Annual report of the Camel Specialist
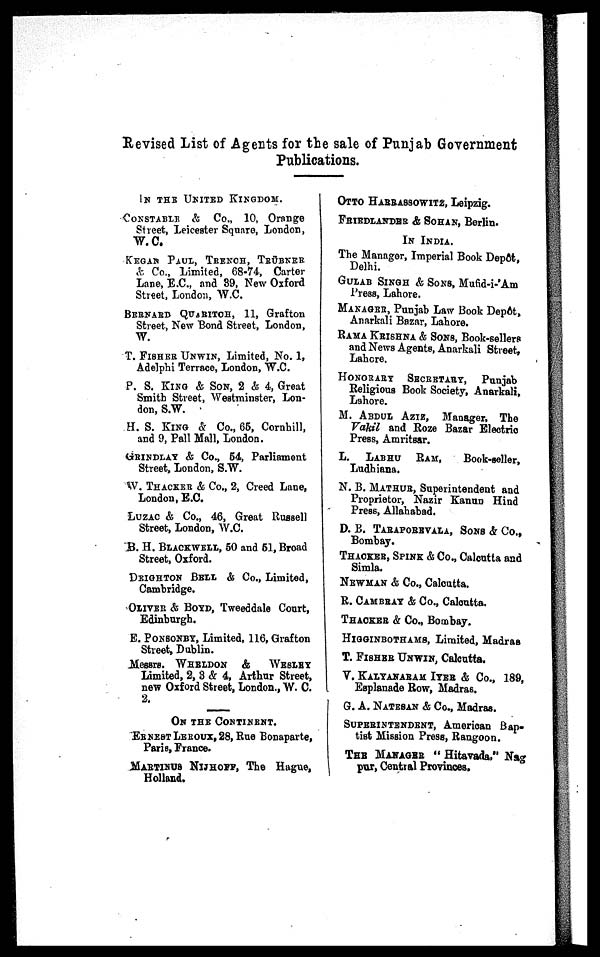
Revised List of Agents for the sale of Punjab Government
Publications.
IN THE UNITED KINGDOM.
CONSTABLE & Co., 10, Orange
Street, Leicester Square, London,
W.C.
KEGAN PAUL, TRENCH, TRÜBNER
& Co., Limited, 68-74, Carter
Lane, E.C., and 39, New Oxford
Street, London, W.C.
BERNARD QUARITCH, 11, Grafton
Street, New Bond Street, London,
W.
T. FISHER UNWIN, Limited, No. 1,
Adelphi Terrace, London, W.C.
P. S. KING & SON, 2 & 4, Great
Smith Street, Westminster, Lon-
don, S.W.
H. S. KING & Co., 65, Cornhill,
and 9, Pall Mall, London.
GRINDLAY & Co., 54, Parliament
Street, London, S.W.
W. THACKER & Co., 2, Creed Lane,
London, E.C.
LUZAC & Co., 46, Great Russell
Street, London, W.C.
B. H. BLACKWELL, 50 and 51, Broad
Street, Oxford.
DEIGHTON BELL & Co., Limited,
Cambridge.
OLIVER & BOYD, Tweeddale Court,
Edinburgh.
E. PONSONBY, Limited, 116, Grafton
Street, Dublin.
Messrs. WHELDON & WESLEY
Limited, 2, 3 & 4, Arthur Street,
new Oxford Street, London., W. C.
2.
ON THE CONTINENT.
ERNEST LEROUX, 28, Rue Bonaparte,
Paris, France.
MARTINUS NIJHOFF, The Hague,
Holland.
OTTO HARRASSOWITZ, Leipzig.
FRIEDLANDER & SOHAN, Berlin.
IN
INDIA.
The Manager, Imperial Book Depot,
Delhi.
GULAB SINGH & SONS, Mufid-i-'Am
Press, Lahore.
MANAGER, Punjab Law Book Depôt,
Anarkali Bazar, Lahore.
RAMA KRISHNA & SONS, Book-sellers
and News Agents, Anarkali Street,
Lahore.
HONORARY SECRETARY, Punjab
Religious Book Society, Anarkali,
Lahore.
M. ABDUL AZIZ, Manager, The
Vakil and Roze Bazar Electric
Press, Amritsar.
L. LABHU RAM, Book-seller,
Ludhiana.
N. B. MATHUR, Superintendent and
Proprietor, Nazir Kanun Hind
Press, Allahabad.
D. B. TARAPOREVALA, SONS & Co.,
Bombay.
THACKER, SPINK & Co., Calcutta and
Simla.
NEWMAN & Co., Calcutta.
R. CAMBRAY & Co., Calcutta.
THACKER & Co., Bombay.
HIGGINBOTHAMS, Limited, Madras
T. FISHER UNWIN, Calcutta.
V. KALYANARAM IYER & Co., 189,
Esplanade Row, Madras.
G. A. NATESAN & Co., Madras.
SUPERINTENDENT, American Bap-
tist Mission Press, Rangoon.
THE MANAGER "Hitavada," Nag-
pur, Central Provinces.